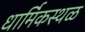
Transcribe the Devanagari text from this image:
धार्मिकस्थळ